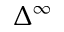
\Delta ^ { \infty }